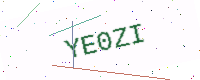
Text: YE0ZI